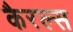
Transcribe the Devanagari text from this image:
कैरल्स